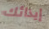
إيذائك